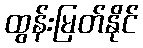
ထွန်းမြတ်နိုင်